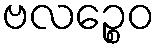
ဗလဉ္စေဝ